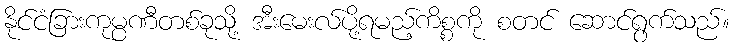
နိုင်ငံခြားကုမ္ပဏီတစ်ခုသို့ အီးမေးလ်ပို့ရမည့်ကိစ္စကို စတင် ဆောင်ရွက်သည်။